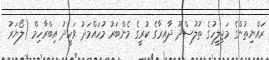
ރައްޔިތުންގެ މަޖިލީހުގެ ތުލުސްދޫ ދާއިރާގެ ކުރީގެ މެންބަރު މުހައްމަދު ވަހީދު އިބްރާހިމް (ލޯޔަރު